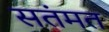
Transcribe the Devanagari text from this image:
सतंमत